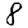
Digit: 8